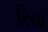
રિયા